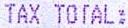
TAX TOTAL: